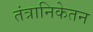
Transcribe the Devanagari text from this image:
तंत्रानिकेतन